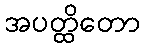
အပတ္ထိတော